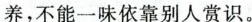
养，不能一味依靠别人赏识。